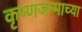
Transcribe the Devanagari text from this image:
कृष्णजन्माच्या